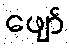
ဖျော်